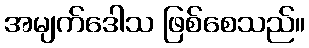
အမျက်ဒေါသ ဖြစ်စေသည်။